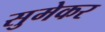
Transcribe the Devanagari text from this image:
सुमेकर